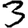
Digit: 3